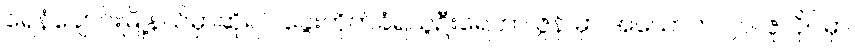
ရေနံချောင်းမြို့နယ်မှာဆိုရင် ခွေးကိုက်ခံရသူဦးရေဟာ ဇွန် မှာ အယောက် ၂၀၊ ဇူလိုင်မှာ